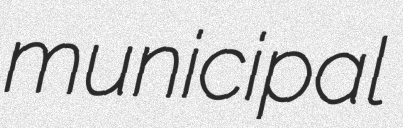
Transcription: municipal